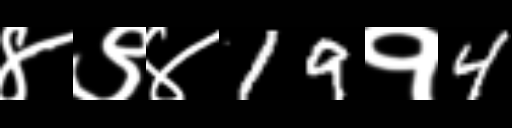
Text: ४९४19१4